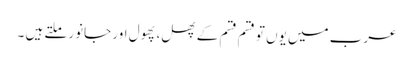
عرب میں یوں تو قسم قسم کے پھل، پھول اور جانور ملتے ہیں ۔